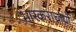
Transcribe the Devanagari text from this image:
भास्कराचार्यो